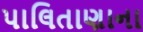
પાલિતાણાના